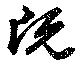
既